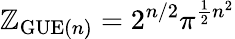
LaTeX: \mathbb{Z}_{{\mathrm{{GUE}}}(n)}=2^{n/2}\pi^{{\frac{{1}}{{2}}}n^{2}}